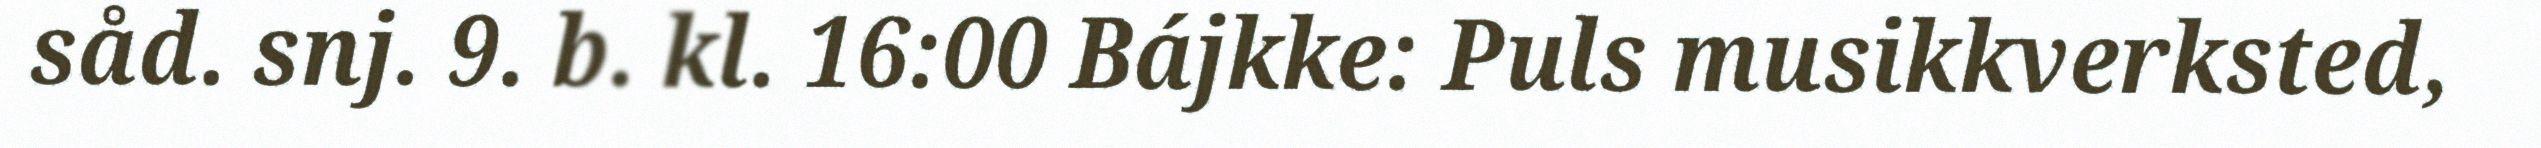
såd. snj. 9. b. kl. 16:00 Bájkke: Puls musikkverksted,